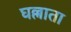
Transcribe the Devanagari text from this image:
घल्लाता